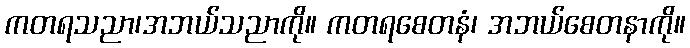
ကတရသညာ၊အဘယ်သညာကို။ ကတရစေတနံ၊ အဘယ်စေတနာကို။